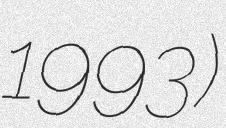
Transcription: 1993)